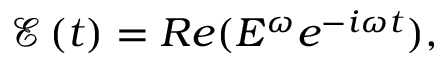
\mathcal { E } \left( t \right) = R e ( E ^ { \omega } e ^ { - i \omega t } ) ,